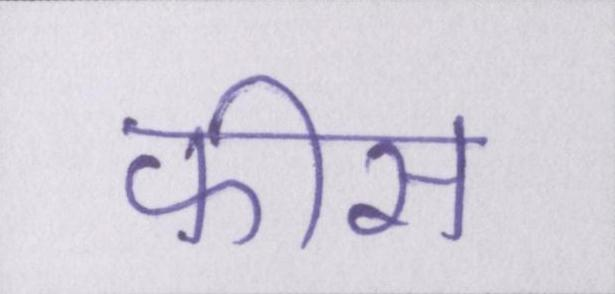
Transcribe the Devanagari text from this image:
फीस